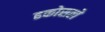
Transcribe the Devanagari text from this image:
ढकोसले